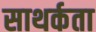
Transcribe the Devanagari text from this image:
साथर्कता